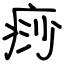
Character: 痧